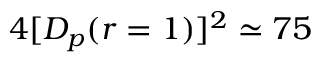
4 [ D _ { p } ( r = 1 ) ] ^ { 2 } \simeq 7 5